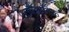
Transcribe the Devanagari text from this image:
परावैज्ञानिक